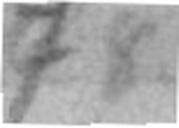
78